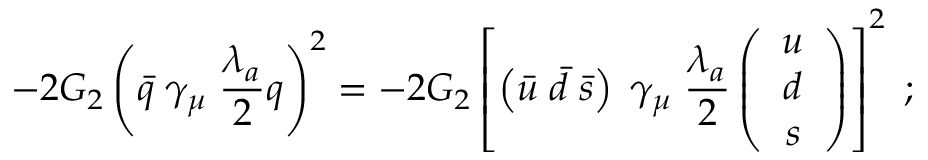
- 2 G _ { 2 } \left( \bar { q } \; \gamma _ { \mu } \; \frac { \lambda _ { a } } { 2 } q \right) ^ { 2 } = - 2 G _ { 2 } \left[ \left( \bar { u } \; \bar { d } \; \bar { s } \right) \; \gamma _ { \mu } \; \frac { \lambda _ { a } } { 2 } \left( \begin{array} { c } { { u } } \\ { { d } } \\ { { s } } \end{array} \right) \right] ^ { 2 } \; ;